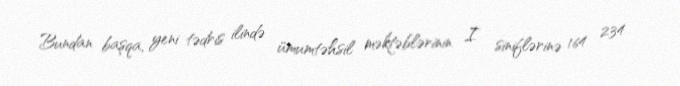
Bundan başqa, yeni tədris ilində ümumtəhsil məktəblərinin I siniflərinə 164 234